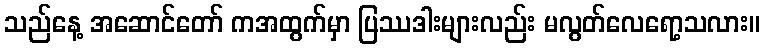
သည်နေ့ အဆောင်တော် ကအထွက်မှာ ပြဿဒါးများလည်း မလွတ်လေရော့သလား။